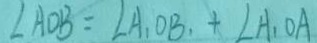
\angle A O B = \angle A _ { 1 } O B , + \angle A _ { 1 } O A